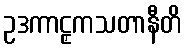
ဥဒကာဠှကသတာနီတိ